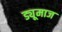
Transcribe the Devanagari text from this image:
ड्यूमाज